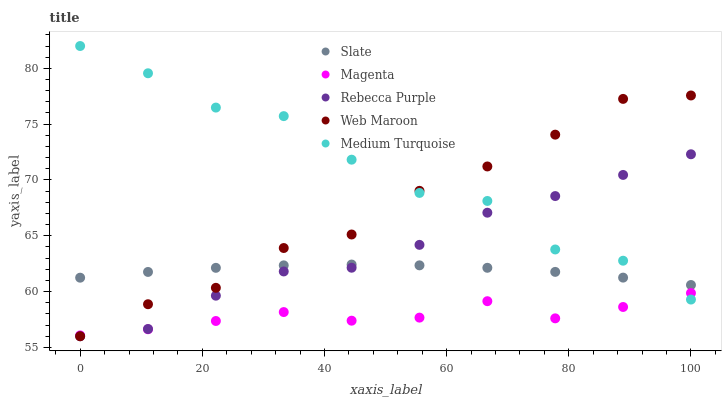
| xaxis_label | Slate | Magenta | Rebecca Purple | Web Maroon | Medium Turquoise |
 | --- | --- | --- | --- | --- | --- |
 | 0 | 61.2 | 56.1 | 56 | 56 | 82 |
 | 11.1 | 61.8 | 56.6 | 56.6 | 58.9 | 79.6 |
 | 22.2 | 62.1 | 57.4 | 59.6 | 60.3 | 76.5 |
 | 33.3 | 62.4 | 58.2 | 61.8 | 63.9 | 75.7 |
 | 44.4 | 62.4 | 57.4 | 62.1 | 65.1 | 71.8 |
 | 55.6 | 62.4 | 57.7 | 64.2 | 69 | 68.8 |
 | 66.7 | 62.1 | 59.1 | 67.1 | 71.2 | 68.1 |
 | 77.8 | 61.8 | 57.6 | 68.6 | 74.1 | 63.8 |
 | 88.9 | 61.3 | 58.6 | 70.5 | 77.3 | 62.8 |
 | 100 | 60.6 | 59.9 | 72.3 | 77.6 | 59.3 |